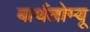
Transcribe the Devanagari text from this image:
बार्थलोम्यू